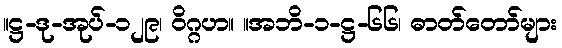
။ဋ္ဌ-ဒု-အုပ်-၁၂၉၊ ဝိဂ္ဂဟ။ ။အဘိ-၁-ဋ္ဌ-၆၆၊ ဓာတ်တော်များ